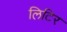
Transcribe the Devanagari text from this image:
लिटिर